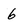
Character: 6